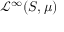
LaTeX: { \mathcal { L } } ^ { \infty } ( S , \mu )